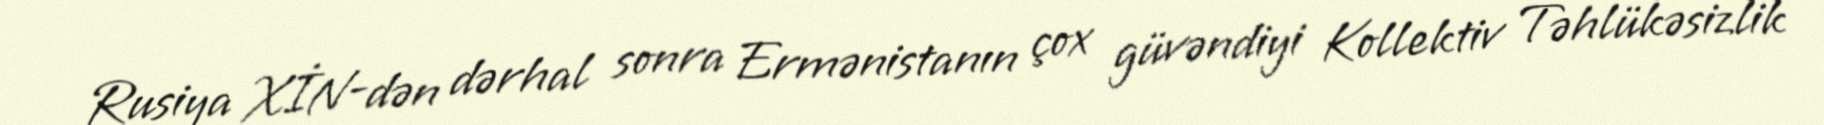
Rusiya XİN-dən dərhal sonra Ermənistanın çox güvəndiyi Kollektiv Təhlükəsizlik